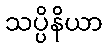
သပ္ပိနိယာ